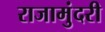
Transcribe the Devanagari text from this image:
राजामुंदरी